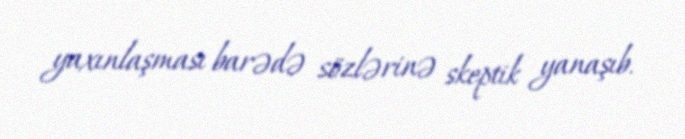
yaxınlaşması barədə sözlərinə skeptik yanaşıb.